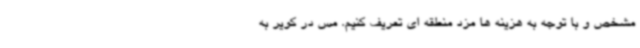
مشخص و با توجه به هزینه ها مزد منطقه ای تعریف کنیم. مس در کویر به